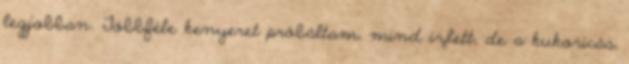
legjobban. Többféle kenyeret próbáltam, mind ízlett, de a kukoricás